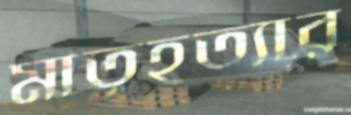
মাতৃহত্যার